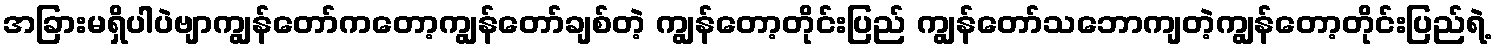
အခြားမရှိပါပဲဗျာကျွန်တော်ကတော့ကျွန်တော်ချစ်တဲ့ ကျွန်တော့တိုင်းပြည် ကျွန်တော်သဘောကျတဲ့ကျွန်တော့တိုင်းပြည်ရဲ့